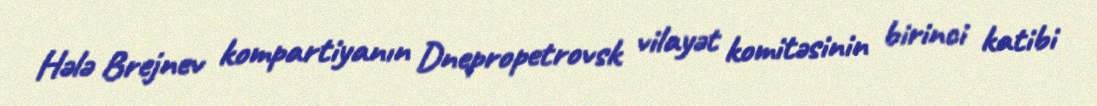
Hələ Brejnev kompartiyanın Dnepropetrovsk vilayət komitəsinin birinci katibi